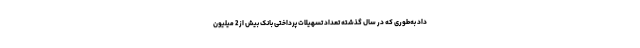
داد به‌طوری که در سال گذشته تعداد تسهیلات پرداختی بانک بیش از 2 میلیون